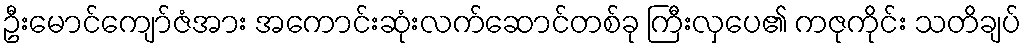
ဦးမောင်ကျော်ဇံအား အကောင်းဆုံးလက်ဆောင်တစ်ခု ကြီးလှပေ၏ ကဇုကိုင်း သတိချပ်